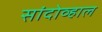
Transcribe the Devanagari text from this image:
सांदोव्हाल